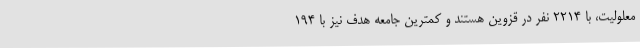
معلولیت، با 2214 نفر در قزوین هستند و کمترین جامعه هدف نیز با 194